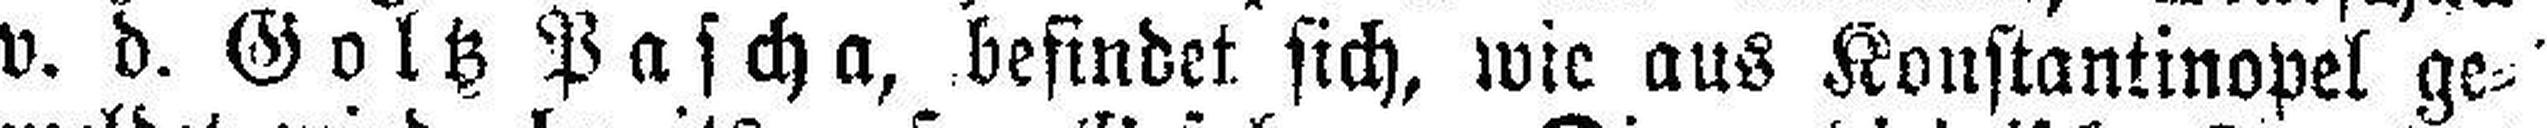
v. d. Golß Pascha, befindet sich, wie aus Konstantinopel ge¬